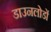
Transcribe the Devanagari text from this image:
डाउनलोडों